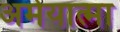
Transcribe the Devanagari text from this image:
अमेयात्मा